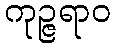
ကုဉ္ဇရာဝ